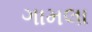
ગામલા